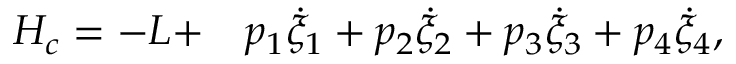
\begin{array} { r l } { H _ { c } = - L + } & { { } p _ { 1 } \dot { \xi } _ { 1 } + p _ { 2 } \dot { \xi } _ { 2 } + p _ { 3 } \dot { \xi } _ { 3 } + p _ { 4 } \dot { \xi } _ { 4 } , } \end{array}